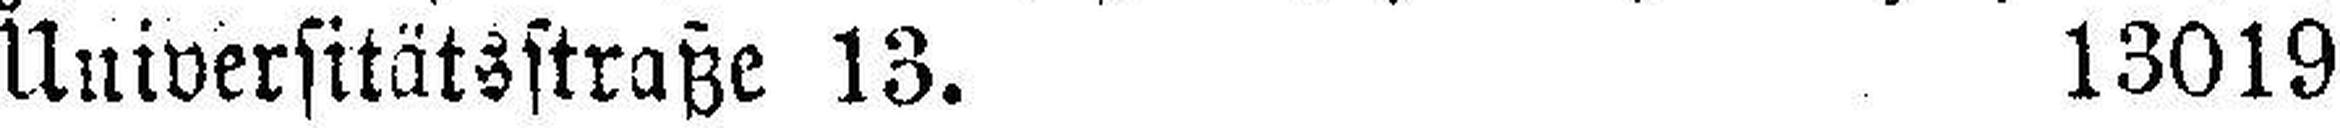
Universitätsstraße 13. 13019